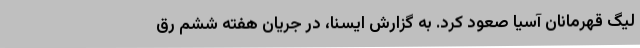
لیگ قهرمانان‌ آسیا صعود کرد. به گزارش ایسنا، در جریان هفته ششم رق